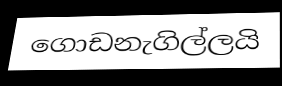
ගොඩනැගිල්ලයි